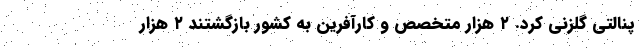
پنالتی گلزنی کرد. ۲ هزار متخصص و کارآفرین به کشور بازگشتند ۲ هزار